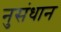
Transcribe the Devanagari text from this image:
नुसंधान